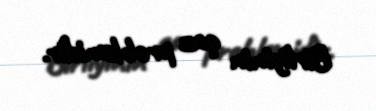
Birliyinin qaz problemidir.